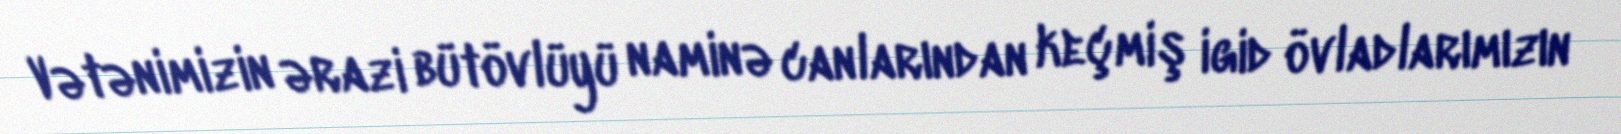
Vətənimizin ərazi bütövlüyü naminə canlarından keçmiş igid övladlarımızın